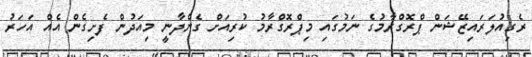
ރެގިއުލަރައިޒޭޝަން ޕްރޮގްރާމުގެ ނަމުގައި މިޕްރޮގްރާމު ކުރިއަށް ގެންދާނީ މިއަދުން ފެށިގެން އެއް އަހަރު